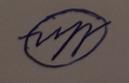
Signature authenticity: forged